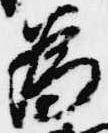
為